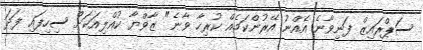
ސަޕްރައިޒް ފަނިވާނެ އެއްނު އޭރުންކަމެއް ކުރިހާ ވާނެ" ޒާވްޔާ ކުއްލިއަކަށް ސިހިފައި ފަދަ